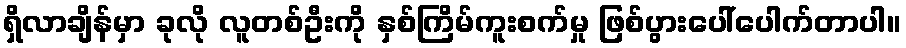
ရှိလာချိန်မှာ ခုလို လူတစ်ဦးကို နှစ်ကြိမ်ကူးစက်မှု ဖြစ်ပွားပေါ်ပေါက်တာပါ။